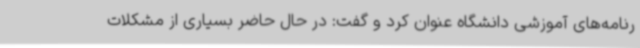
رنامه‌های آموزشی دانشگاه عنوان کرد و گفت: در حال حاضر بسیاری از مشکلات